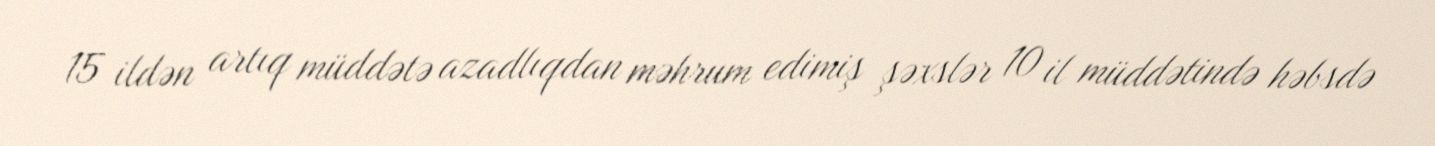
15 ildən artıq müddətə azadlıqdan məhrum edimiş şəxslər 10 il müddətində həbsdə